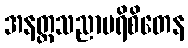
အနတ္တသညာပရိစိတေန